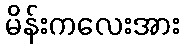
မိန်းကလေးအား